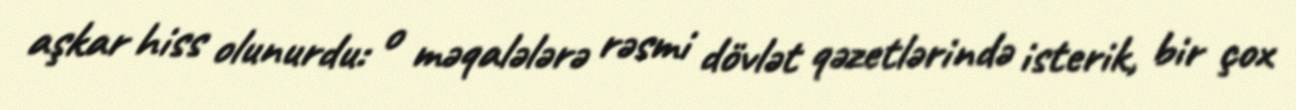
aşkar hiss olunurdu: o məqalələrə rəsmi dövlət qəzetlərində isterik, bir çox